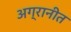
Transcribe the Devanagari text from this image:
अग्रानीत